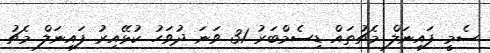
ސެމީ ފައިނަލް މެޗުތައް ޑިސެމްބަރު 31 ވަނަ ދުވަހު ކުޅޭއިރު ފައިނަލް މެޗު